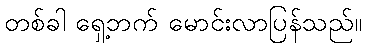
တစ်ခါ ရှေ့ဘက် မောင်းလာပြန်သည်။